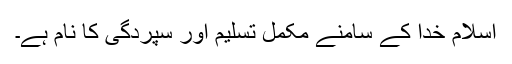
اسلام خدا کے سامنے مکمل تسلیم اور سپردگی کا نام ہے۔